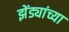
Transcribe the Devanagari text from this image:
झेंड्यांच्या